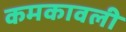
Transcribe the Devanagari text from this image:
कमकावली